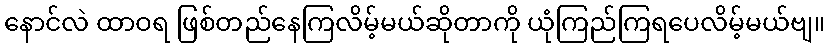
နောင်လဲ ထာဝရ ဖြစ်တည်နေကြလိမ့်မယ်ဆိုတာကို ယုံကြည်ကြရပေလိမ့်မယ်ဗျ။